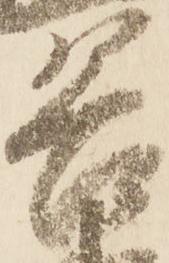
谷